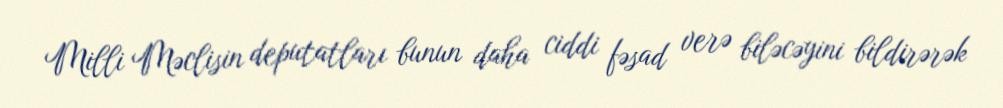
Milli Məclisin deputatları bunun daha ciddi fəsad verə biləcəyini bildirərək